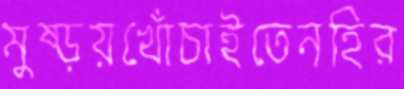
মুষ্‌ড়য়খোঁচাইতেনহির